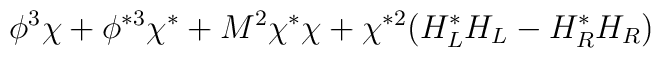
\phi^3 \chi + \phi^{*3}\chi^* + M^2\chi^*\chi + \chi^{*2} (H_L^*H_L - H_R^*H_R)